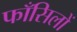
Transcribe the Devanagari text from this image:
फाँसिलों